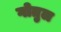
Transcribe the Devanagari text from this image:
गोतुल